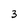
Character: 3